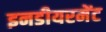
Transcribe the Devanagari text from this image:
इनडीयरमेंट